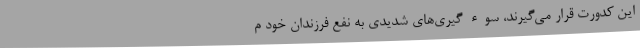
این کدورت قرار می‌گیرند، سوء‌ گیری‌های شدیدی به نفع فرزندان خود م